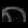
Digit: ၈